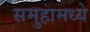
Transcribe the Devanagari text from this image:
समुहामध्ये